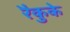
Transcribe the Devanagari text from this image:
रैकुके